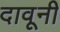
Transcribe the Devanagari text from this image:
दावूनी